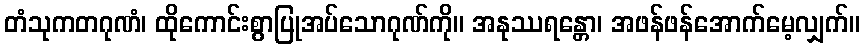
တံသုကတဂုဏံ၊ ထိုကောင်းစွာပြုအပ်သောဂုဏ်ကို။ အနုဿရန္တော၊ အဖန်ဖန်အောက်မေ့လျှက်။